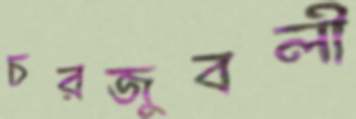
চরজুবলী